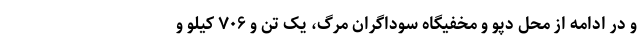
و در ادامه از محل دپو و مخفیگاه سوداگران مرگ، یک تن و ۷۰۶ کیلو و